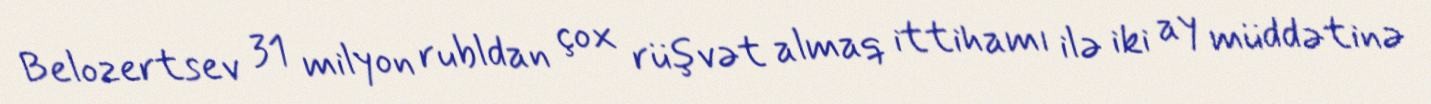
Belozertsev 31 milyon rubldan çox rüşvət almaq ittihamı ilə iki ay müddətinə